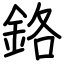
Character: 鉻